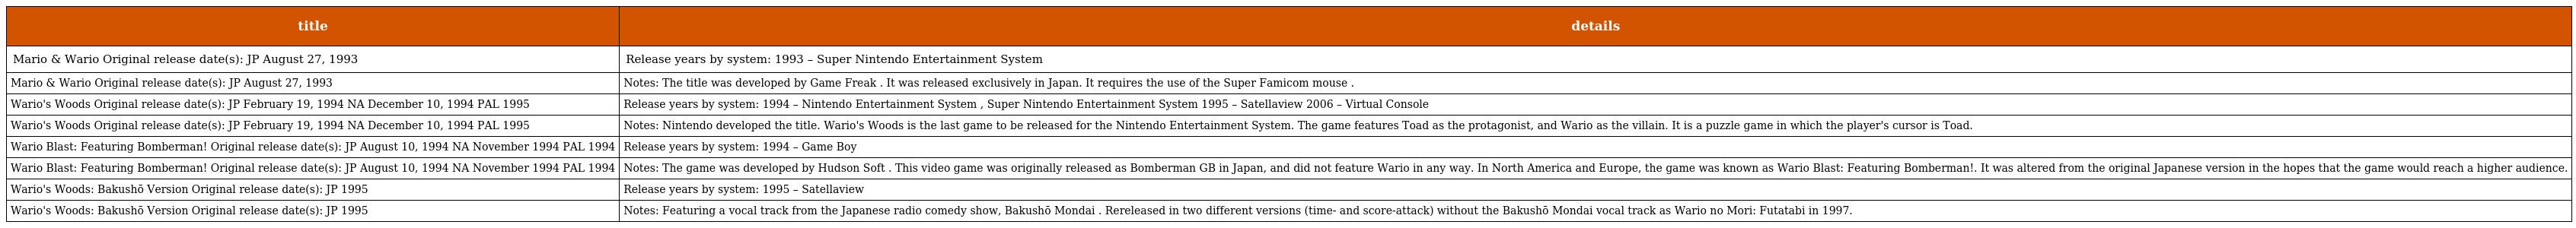
| title | details |
 | --- | --- |
 | Mario & Wario Original release date(s): JP August 27, 1993 | Release years by system: 1993 – Super Nintendo Entertainment System |
 | Mario & Wario Original release date(s): JP August 27, 1993 | Notes: The title was developed by Game Freak . It was released exclusively in Japan. It requires the use of the Super Famicom mouse . |
 | Wario's Woods Original release date(s): JP February 19, 1994 NA December 10, 1994 PAL 1995 | Release years by system: 1994 – Nintendo Entertainment System , Super Nintendo Entertainment System 1995 – Satellaview 2006 – Virtual Console |
 | Wario's Woods Original release date(s): JP February 19, 1994 NA December 10, 1994 PAL 1995 | Notes: Nintendo developed the title. Wario's Woods is the last game to be released for the Nintendo Entertainment System. The game features Toad as the protagonist, and Wario as the villain. It is a puzzle game in which the player's cursor is Toad. |
 | Wario Blast: Featuring Bomberman! Original release date(s): JP August 10, 1994 NA November 1994 PAL 1994 | Release years by system: 1994 – Game Boy |
 | Wario Blast: Featuring Bomberman! Original release date(s): JP August 10, 1994 NA November 1994 PAL 1994 | Notes: The game was developed by Hudson Soft . This video game was originally released as Bomberman GB in Japan, and did not feature Wario in any way. In North America and Europe, the game was known as Wario Blast: Featuring Bomberman!. It was altered from the original Japanese version in the hopes that the game would reach a higher audience. |
 | Wario's Woods: Bakushō Version Original release date(s): JP 1995 | Release years by system: 1995 – Satellaview |
 | Wario's Woods: Bakushō Version Original release date(s): JP 1995 | Notes: Featuring a vocal track from the Japanese radio comedy show, Bakushō Mondai . Rereleased in two different versions (time- and score-attack) without the Bakushō Mondai vocal track as Wario no Mori: Futatabi in 1997. |